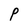
Character: P